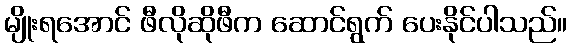
မျိုးရအောင် ဖီလိုဆိုဖီက ဆောင်ရွက် ပေးနိုင်ပါသည်။